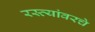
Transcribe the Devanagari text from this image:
रस्त्यांवरचे